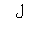
Letter: _lam